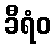
ခီရံဝ